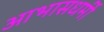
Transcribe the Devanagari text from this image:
आभासधर्मी